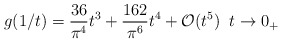
\begin{align*} g(1/t) = \frac{36}{\pi^4} t^3 + \frac{162}{\pi^6} t^4 + \mathcal{O}(t^5) \; \; t \rightarrow 0_{+} \; \end{align*}